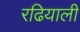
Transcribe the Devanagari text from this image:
रढियाली